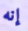
إنه